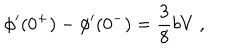
\phi ^ { \prime } ( 0 ^ { + } ) - \phi ^ { \prime } ( 0 ^ { - } ) = \frac { 3 } { 8 } b V ~ ,